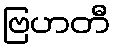
ဗြဟတီ